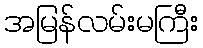
အမြန်လမ်းမကြီး